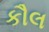
કૌલ